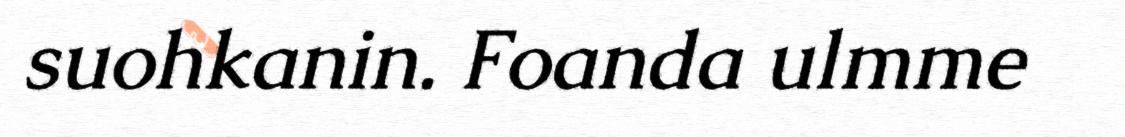
suohkanin. Foanda ulmme